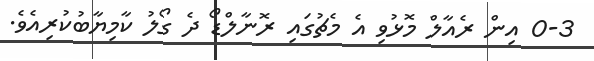
0-3 އިން ރެއާލް މޮޅުވި އެ މެޗުގައި ރޮނާލްޑޯ ދެ ގޯލު ކާމިޔާބުކުރިއެވެ.